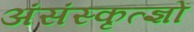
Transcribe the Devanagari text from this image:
अंसंस्कृत्ज्ञों